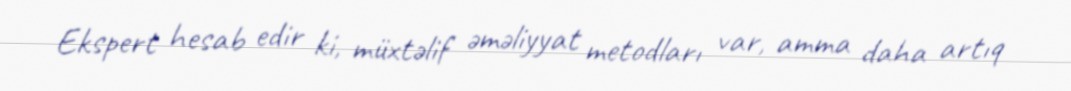
Ekspert hesab edir ki, müxtəlif əməliyyat metodları var, amma daha artıq